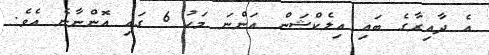
އެ ދާއިރާގެ ބައި އިލެކްޝަން އަންނަ މަހު 6 ގައި އޮންނާނެ އެވެ.